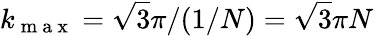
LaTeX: k_{\mathrm{~m~a~x~}}=\sqrt{3}\pi/(1/N)=\sqrt{3}\pi N